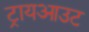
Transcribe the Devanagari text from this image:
ट्रायआउट